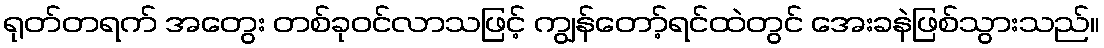
ရုတ်တရက် အတွေး တစ်ခုဝင်လာသဖြင့် ကျွန်တော့်ရင်ထဲတွင် အေးခနဲဖြစ်သွားသည်။